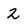
Character: 2